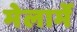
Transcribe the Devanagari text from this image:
मेलार्मे